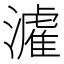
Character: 𤀶